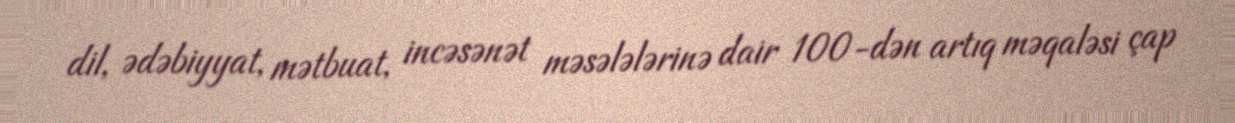
dil, ədəbiyyat, mətbuat, incəsənət məsələlərinə dair 100-dən artıq məqaləsi çap